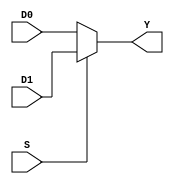
// Andres Salazar Lab 5 Ejercicio 04


//MUX 2:1

module mux2a1 (input wire D0,D1,S, output wire Y);

  //operador ternario
  assign Y=(S) ?D1:D0;

    endmodule